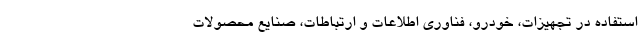
استفاده در تجهیزات، خودرو، فناوری اطلاعات و ارتباطات، صنایع محصولات